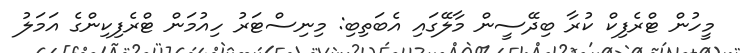
މީހުން ޓްރެފިކް ކުރާ ބިދޭސީން މާލޭގައި އެބަތިބި: މިނިސްޓަރު ހިއުމަން ޓްރެފިކިންގެ އަމަލު